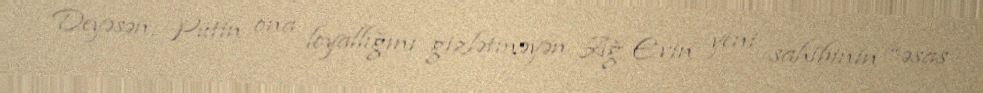
Deyəsən, Putin ona loyallığını gizlətməyən Ağ Evin yeni sahibinin “əsas